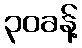
၃၀ခန့်